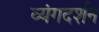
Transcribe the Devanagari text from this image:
व्यंगदर्शन